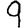
Digit: 9